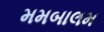
મમબાલમ